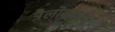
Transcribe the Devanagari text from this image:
त्रैलोक्यवर्मा